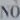
NO